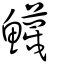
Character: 鱴